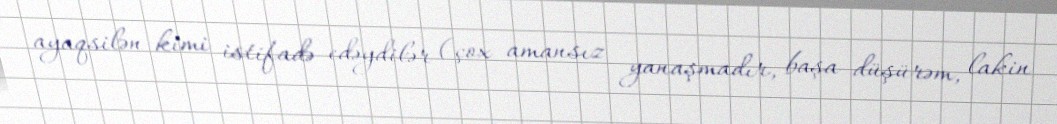
ayaqsilən kimi istifadə edəydilər (çox amansız yanaşmadır, başa düşürəm, lakin